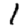
Digit: 1